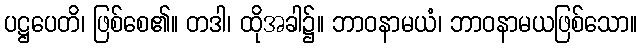
ပဋ္ဌပေတိ၊ ဖြစ်စေ၏။ တဒါ၊ ထိုအခါ၌။ ဘာဝနာမယံ၊ ဘာဝနာမယဖြစ်သော။